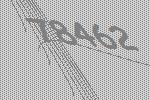
78462